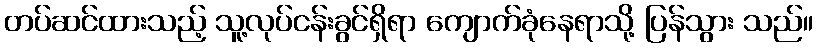
တပ်ဆင်ထားသည့် သူ့လုပ်ငန်းခွင်ရှိရာ ကျောက်ခုံနေရာသို့ ပြန်သွား သည်။